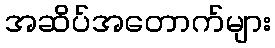
အဆိပ်အတောက်များ